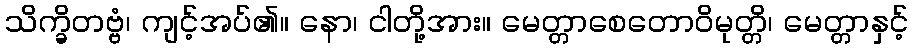
သိက္ခိတဗ္ဗံ၊ ကျင့်အပ်၏။ နော၊ ငါတို့အား။ မေတ္တာစေတောဝိမုတ္တိ၊ မေတ္တာနှင့်